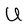
Character: U